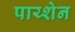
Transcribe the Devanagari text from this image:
पाय्शेन